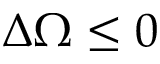
\Delta \Omega \le 0